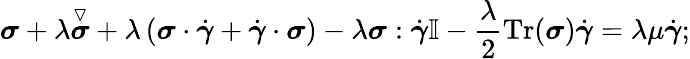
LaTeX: \boldsymbol{\sigma}+\lambda\overset\triangledown{\boldsymbol{\sigma}}+\lambda\left(\boldsymbol{\sigma}\cdot\dot{\boldsymbol{\gamma}}+\dot{\boldsymbol{\gamma}}\cdot\boldsymbol{\sigma}\right)-\lambda\boldsymbol{\sigma}:\dot{\boldsymbol{\gamma}}\mathbb{I}-\frac{\lambda}{2}\mathrm{Tr}(\boldsymbol{\sigma})\dot{\boldsymbol{\gamma}}=\lambda\mu\dot{\boldsymbol{\gamma}};